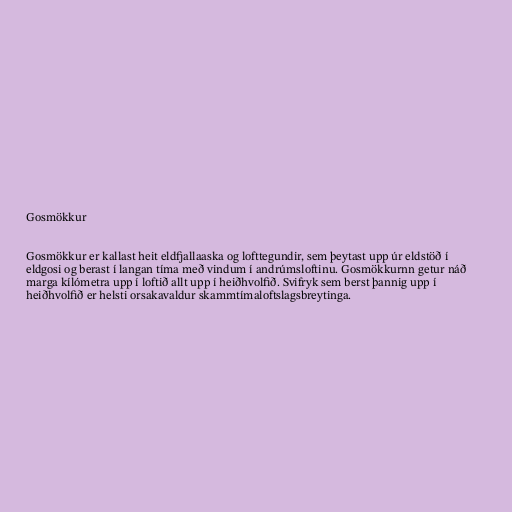
Gosmökkur

Gosmökkur er kallast heit eldfjallaaska og lofttegundir, sem þeytast upp úr eldstöð í
eldgosi og berast í langan tíma með vindum í andrúmsloftinu. Gosmökkurnn getur náð
marga kílómetra upp í loftið allt upp í heiðhvolfið. Svifryk sem berst þannig upp í
heiðhvolfið er helsti orsakavaldur skammtímaloftslagsbreytinga.